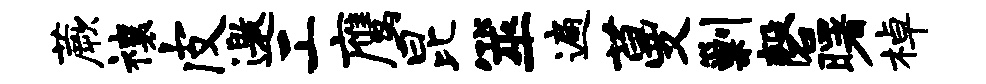
蕨禳皮邀工鹰昆筮遍蔓剿磬曙棹